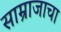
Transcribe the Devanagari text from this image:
साम्राजाचा